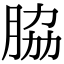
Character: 脇